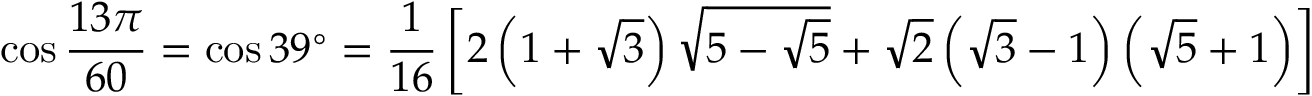
\cos { \frac { 1 3 \pi } { 6 0 } } = \cos 3 9 ^ { \circ } = { \frac { 1 } { 1 6 } } \left[ 2 \left( 1 + { \sqrt { 3 } } \right) { \sqrt { 5 - { \sqrt { 5 } } } } + { \sqrt { 2 } } \left( { \sqrt { 3 } } - 1 \right) \left( { \sqrt { 5 } } + 1 \right) \right]